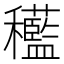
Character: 𱶭